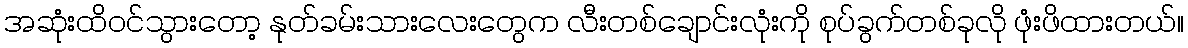
အဆုံးထိဝင်သွားတော့ နုတ်ခမ်းသားလေးတွေက လီးတစ်ချောင်းလုံးကို စုပ်ခွက်တစ်ခုလို ဖုံးဖိထားတယ်။